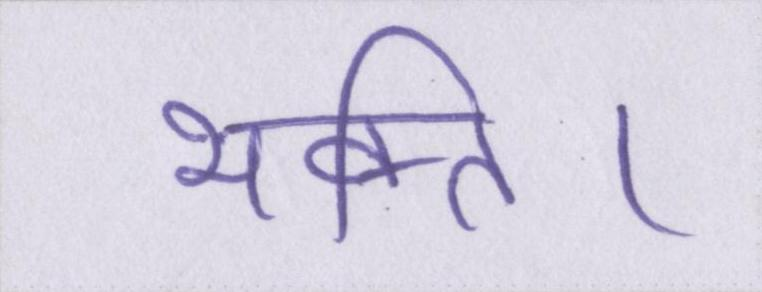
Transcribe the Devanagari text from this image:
भक्ति।